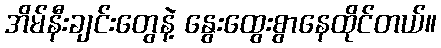
အိမ်နီးချင်းတွေနဲ့ နွေးထွေးစွာနေထိုင်တယ်။